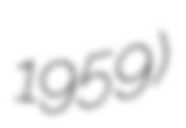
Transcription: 1959)